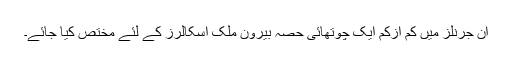
ان جرنلز میں کم ازکم ایک چوتھائی حصہ بیرون ملک اسکالرز کے لئے مختص کیا جائے۔